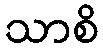
သာစိ